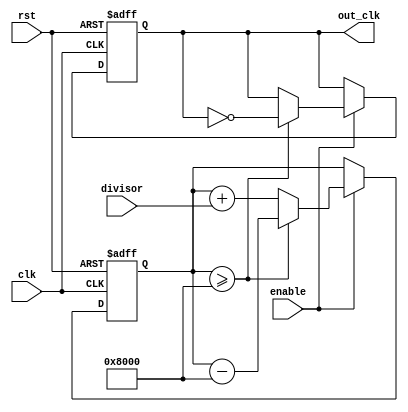
module floating_point_clock_divider(
    input clk,
    input rst,
    input enable,
    input [7:0] divisor,
    output reg out_clk
);

reg [15:0] counter;

always @ (posedge clk or posedge rst) begin
    if (rst) begin
        counter <= 16'b0;
        out_clk <= 1'b0;
    end else begin
        if (enable) begin
            counter <= counter + divisor;
            if (counter >= 16'd32768) begin
                counter <= counter - 16'd32768;
                out_clk <= ~out_clk;
            end
        end
    end
end

endmodule